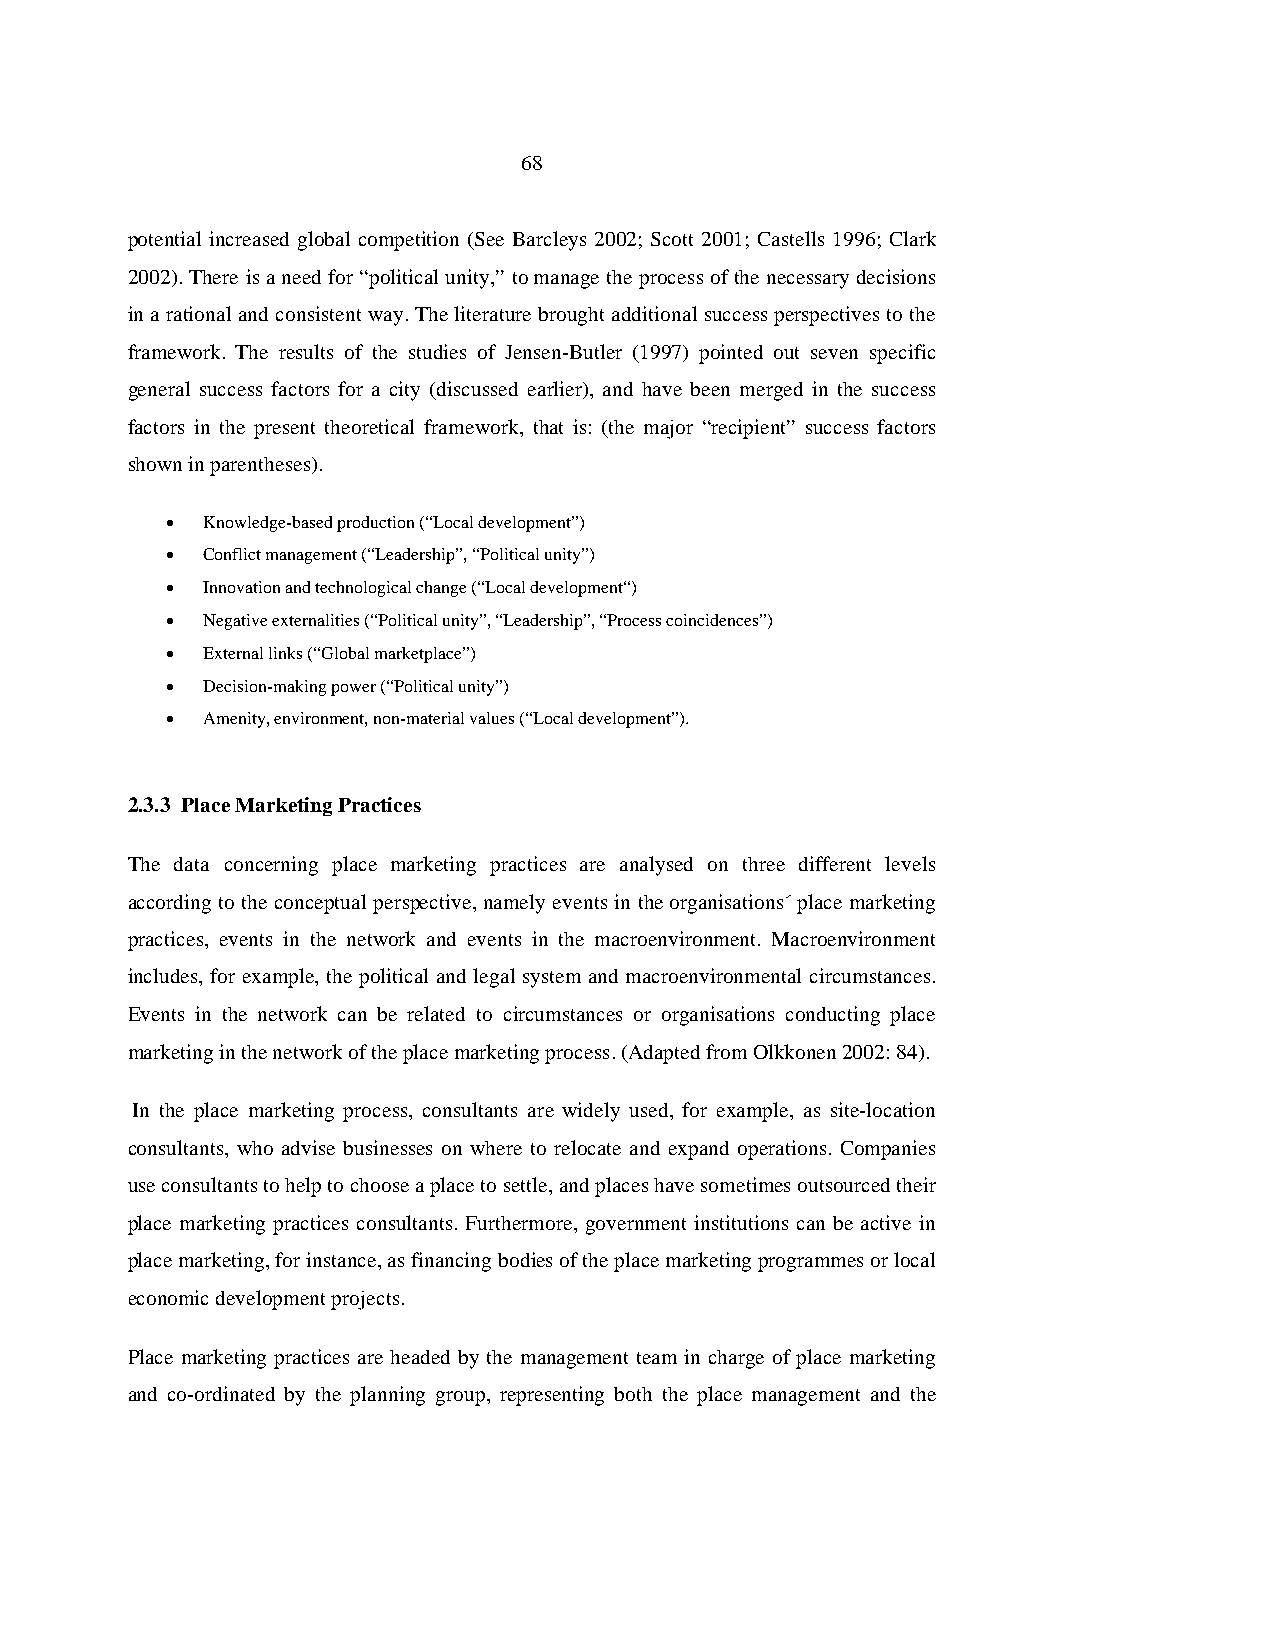
68
 potential increased global competition (See Barcleys 2002; Scott 2001; Castells 1996; Clark
 2002). There is a need for “political unity,” to manage the process of the necessary decisions
 in a rational and consistent way. The literature brought additional success perspectives to the
 framework. The results of the studies of Jensen-Butler (1997) pointed out seven specific
 general success factors for a city (discussed earlier), and have been merged in the success
 factors in the present theoretical framework, that is: (the major “recipient” success factors
 shown in parentheses).
 • Knowledge-based production (“Local development”)
 • Conflict management (“Leadership”, “Political unity”)
 • Innovation and technological change (“Local development“)
 • Negative externalities (“Political unity”, “Leadership”, “Process coincidences”)
 • External links (“Global marketplace”)
 • Decision-making power (“Political unity”)
 • Amenity, environment, non-material values (“Local development”).
 2.3.3 Place Marketing Practices
 The data concerning place marketing practices are analysed on three different levels
 according to the conceptual perspective, namely events in the organisations´ place marketing
 practices, events in the network and events in the macroenvironment. Macroenvironment
 includes, for example, the political and legal system and macroenvironmental circumstances.
 Events in the network can be related to circumstances or organisations conducting place
 marketing in the network of the place marketing process. (Adapted from Olkkonen 2002: 84).
 In the place marketing process, consultants are widely used, for example, as site-location
 consultants, who advise businesses on where to relocate and expand operations. Companies
 use consultants to help to choose a place to settle, and places have sometimes outsourced their
 place marketing practices consultants. Furthermore, government institutions can be active in
 place marketing, for instance, as financing bodies of the place marketing programmes or local
 economic development projects.
 Place marketing practices are headed by the management team in charge of place marketing
 and co-ordinated by the planning group, representing both the place management and the